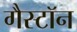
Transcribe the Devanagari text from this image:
गैस्टॉन